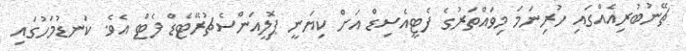
ޗޭނުބުރިއެއްގައި ހުރިނަމަ މިވައްތަރުގެ ފެޓީއެސިޑް އަށް ކިޔަނީ ޕޮލީއަންސެޗުރޭޓެޑް ފެޓް އެވެ. ކަނޑުމަހުގައި